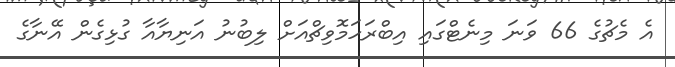
އެ މެޗުގެ 66 ވަނަ މިނެޓްގައި އިބްރަހަމޮވިޗްއަށް ލިބުނު އަނިޔާއާ ގުޅިގެން އޭނާގެ